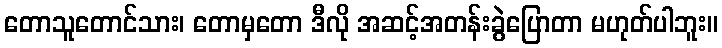
တောသူတောင်သား၊ တောမှတော ဒီလို အဆင့်အတန်းခွဲပြောတာ မဟုတ်ပါဘူး။